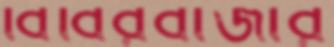
বিবিরবাজার